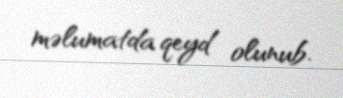
məlumatda qeyd olunub.